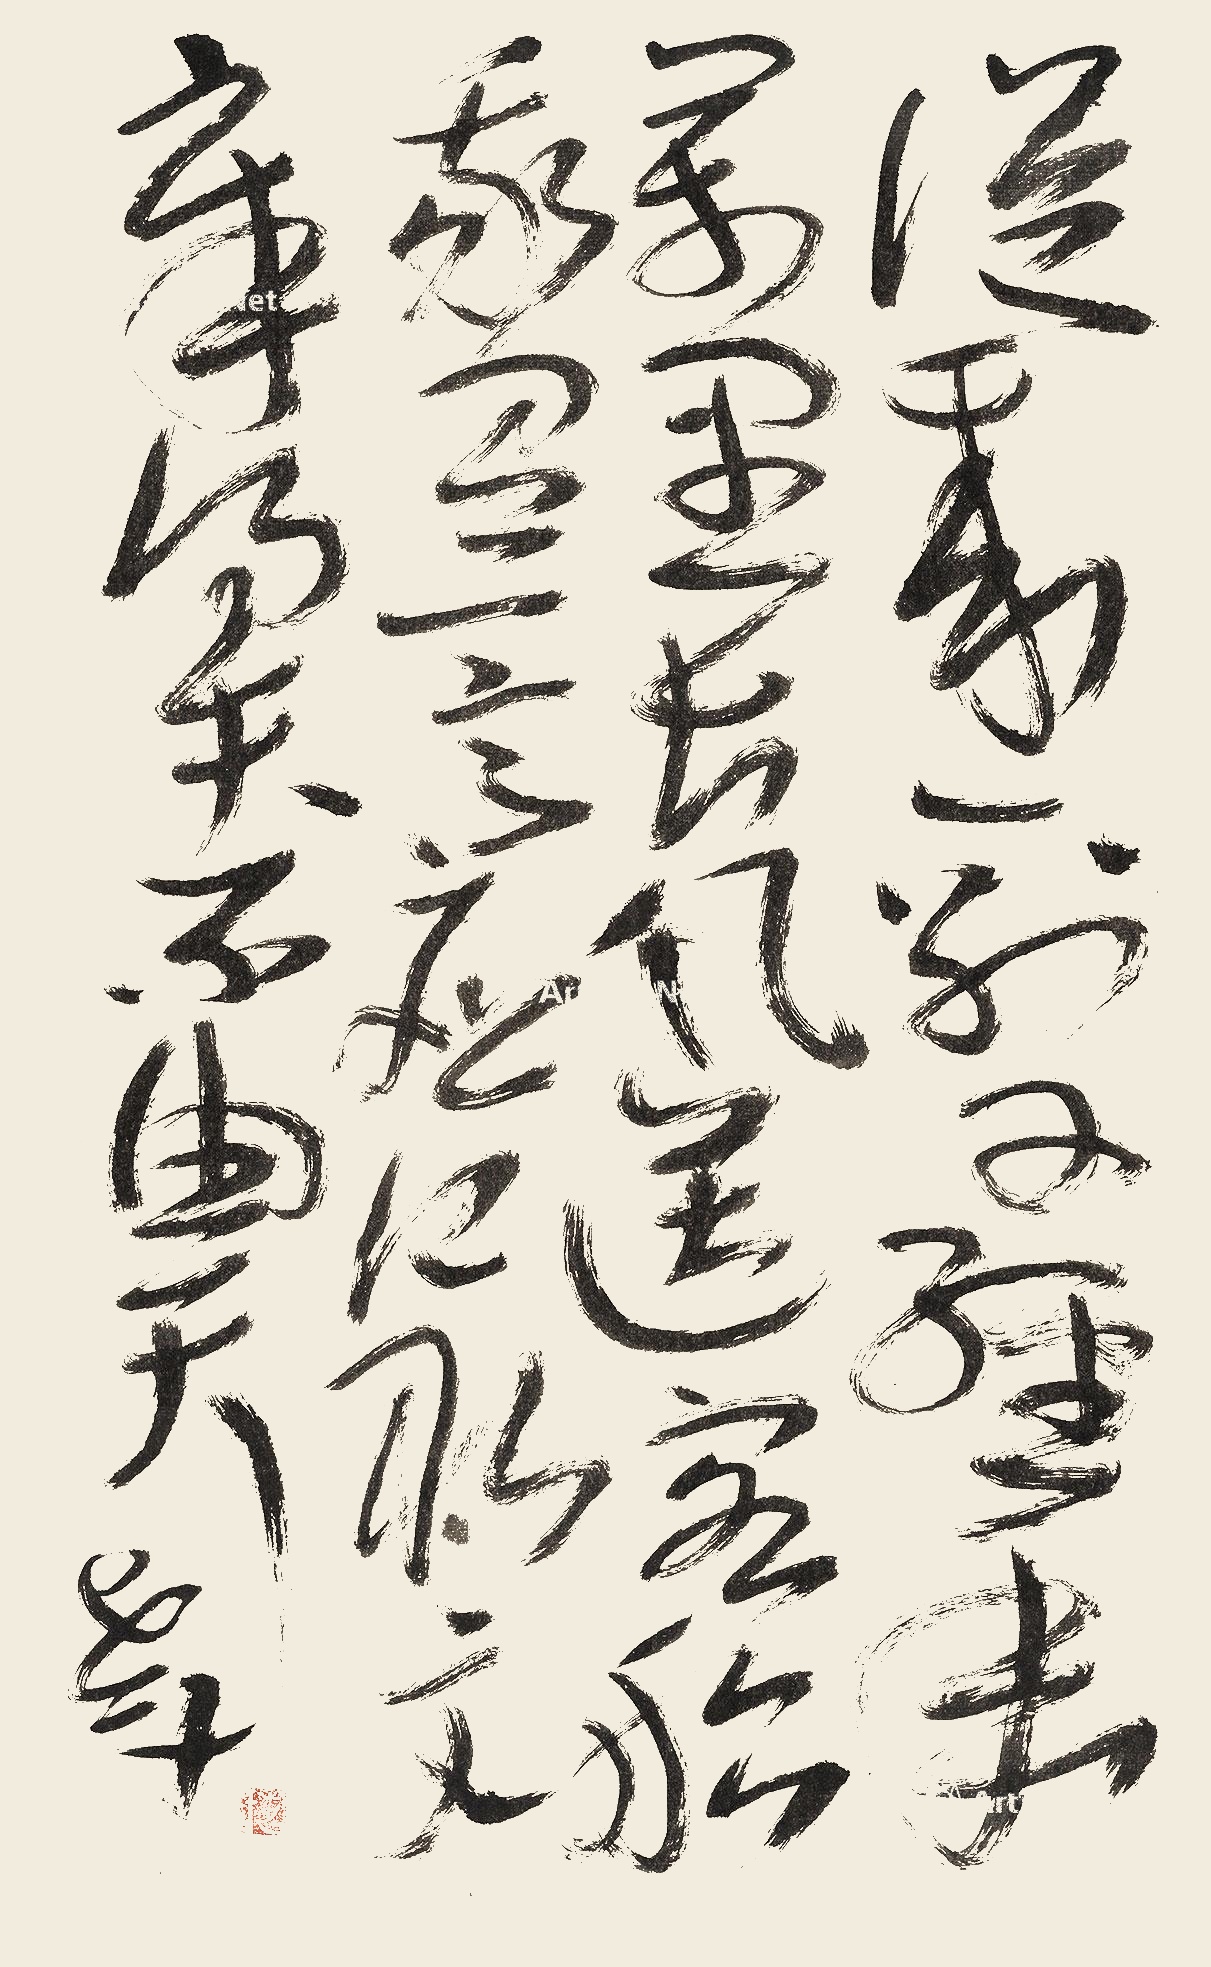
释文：从来一别又经年，万里长风送客船。我有一言应记取，文章得失不由天。老十。